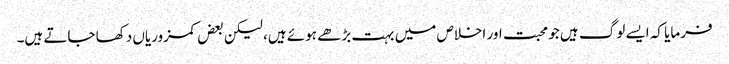
فرمایا کہ ایسے لوگ ہیں جو محبت اور اخلاص میں بہت بڑھے ہوئے ہیں، لیکن بعض کمزوریاں دکھا جاتے ہیں۔